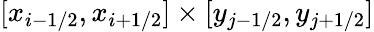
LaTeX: [x_{i-1/2},x_{i+1/2}]\times[y_{j-1/2},y_{j+1/2}]